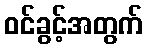
ဝင်ခွင့်အတွက်